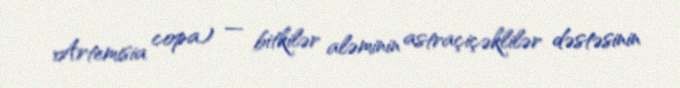
Artemisia copa) — bitkilər aləminin astraçiçəklilər dəstəsinin